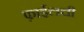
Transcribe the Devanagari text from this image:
फ़ाईलची